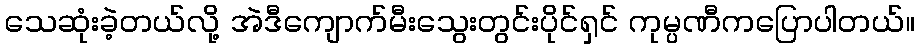
သေဆုံးခဲ့တယ်လို့ အဲဒီကျောက်မီးသွေးတွင်းပိုင်ရှင် ကုမ္ပဏီကပြောပါတယ်။